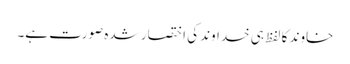
خاوند کا لفظ ہی خداوند کی اختصار شدہ صورت ہے۔